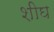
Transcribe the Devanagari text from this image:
शीघ